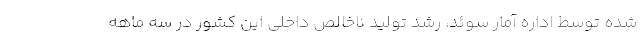
شده توسط اداره آمار سوئد، رشد تولید ناخالص داخلی این کشور در سه ماهه